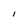
Character: I